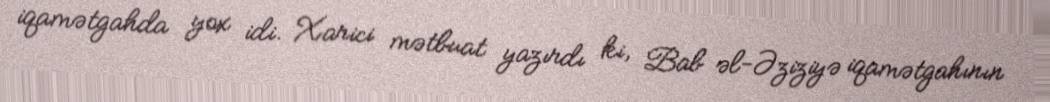
iqamətgahda yox idi. Xarici mətbuat yazırdı ki, Bab əl-Əziziyə iqamətgahının